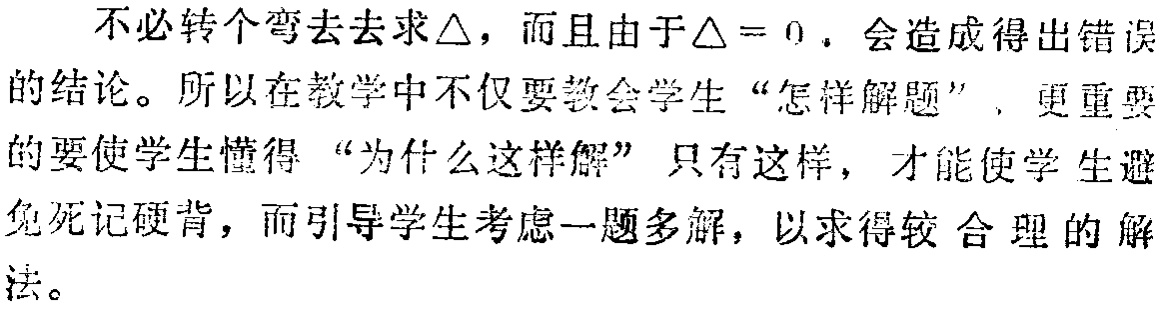
不必转个弯去去求$\triangle$，而且由于$\triangle = 0$，会造成得出错误的结论。所以在教学中不仅要教会学生“怎样解题”, 更重要的要使学生懂得“为什么这样解” 只有这样，才能使学生避免死记硬背，而引导学生考虑一题多解，以求得较合理的解法。